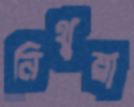
নিথুয়া